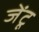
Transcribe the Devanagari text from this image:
जेंटू